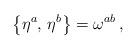
LaTeX: \begin{align*}\bigl\{\eta^a,\,\eta^b\bigr\}=\omega^{ab}\,,\end{align*}